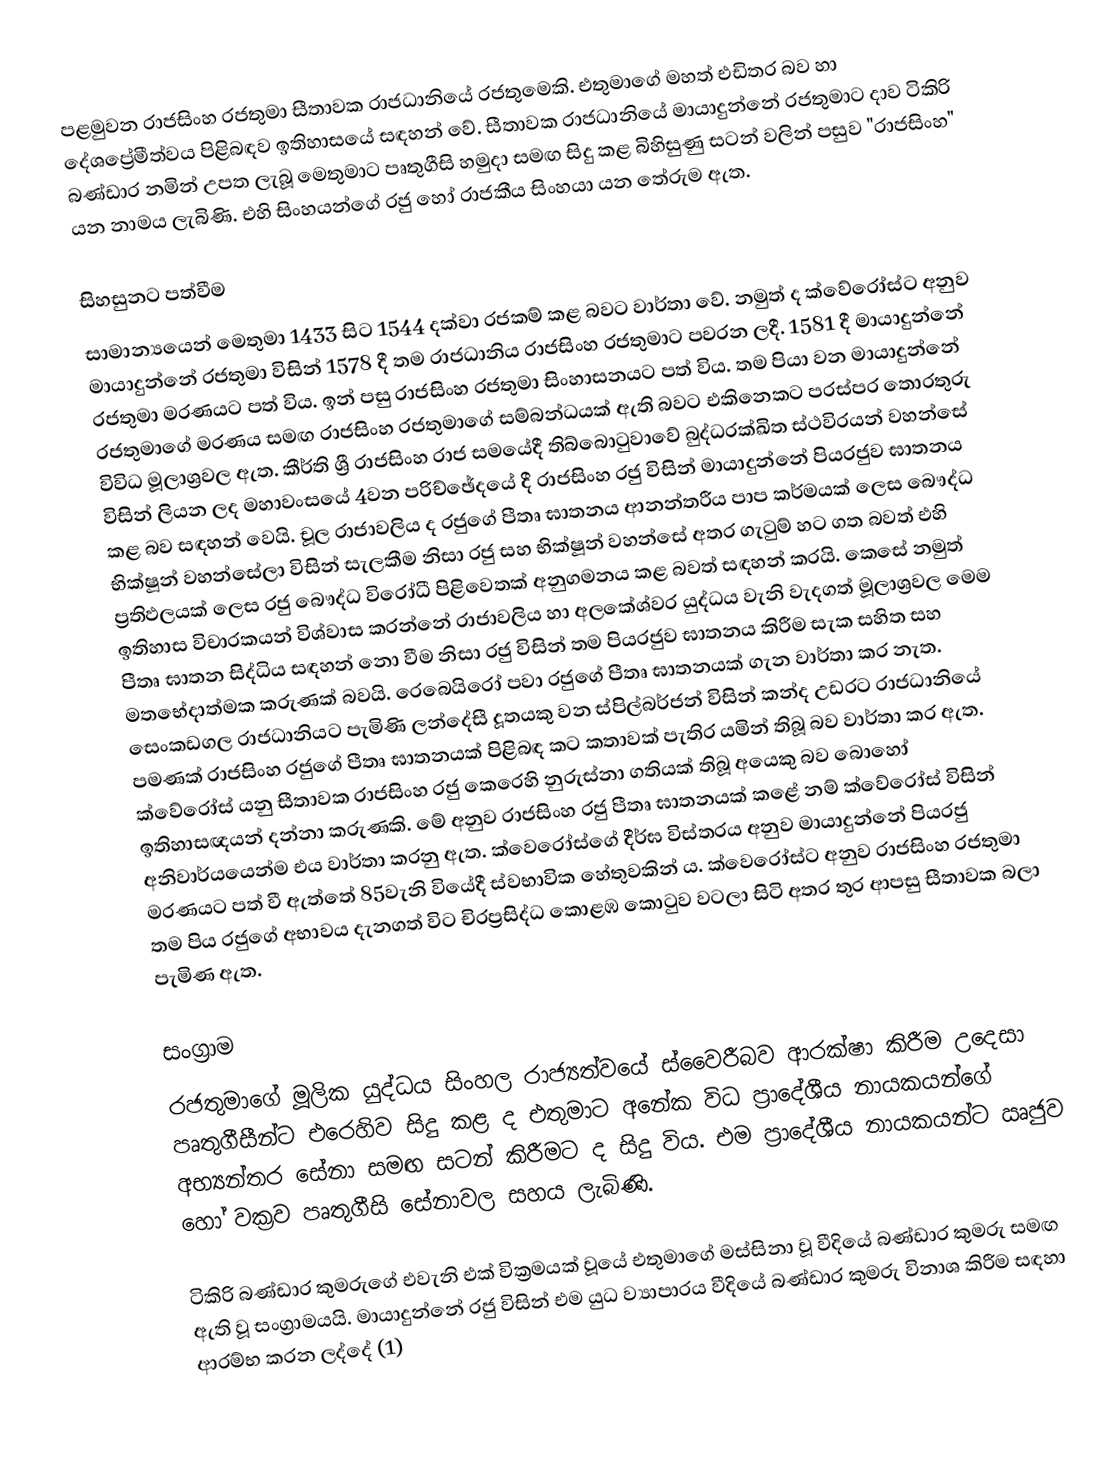
පළමුවන රාජසිංහ රජතුමා  සීතාවක රාජධානියේ රජතුමෙකි. එතුමාගේ මහත් එඩිතර බව හා දේශප්‍රේමීත්වය පිළිබඳව ඉතිහාසයේ සඳහන් වේ. සීතාවක රාජධානියේ මායාදුන්නේ රජතුමාට දාව ටිකිරි බණ්ඩාර නමින් උපත ලැබූ මෙතුමාට පෘතුගීසි හමුදා සමඟ සිදු කළ බිහිසුණු සටන් වලින් පසුව "රාජසිංහ" යන නාමය ලැබිණි. එහි සිංහයන්ගේ රජු හෝ රාජකීය සිංහයා යන තේරුම ඇත.

සිහසුනට පත්වීම
සාමාන්‍යයෙන් මෙතුමා 1433 සිට 1544 දක්වා රජකම් කළ බවට වාර්තා වේ. නමුත් ද ක්වේරෝස්ට අනුව මායාදුන්නේ රජතුමා විසින් 1578 දී තම රාජධානිය රාජසිංහ රජතුමාට පවරන ලදී. 1581 දී මායාදුන්නේ රජතුමා මරණයට පත් විය. ඉන් පසු රාජසිංහ රජතුමා සිංහාසනයට පත් විය. තම පියා වන මායාදුන්නේ රජතුමාගේ මරණය සමඟ රාජසිංහ රජතුමාගේ සම්බන්ධයක් ඇති බවට එකිනෙකට පරස්පර තොරතුරු විවිධ මූලාශ්‍රවල ඇත. කීර්ති ශ්‍රී රාජසිංහ රාජ සමයේදී තිබ්බොටුවාවේ බුද්ධරක්ඛිත ස්ථවිරයන් වහන්සේ විසින් ලියන ලද මහාවංසයේ 4වන පරිච්ඡේදයේ දී රාජසිංහ රජු විසින් මායාදුන්නේ පියරජුව ඝාතනය කළ බව සඳහන් වෙයි. චූල රාජාවලිය ද රජුගේ පීතෘ ඝාතනය ආනන්තරීය පාප කර්මයක් ලෙස බෞද්ධ භික්ෂූන් වහන්සේලා විසින් සැලකීම නිසා රජු සහ භික්ෂූන් වහන්සේ අතර ගැටුම් හට ගත බවත් එහි ප්‍රතිඵලයක් ලෙස රජු බෞද්ධ විරෝධී පිළිවෙතක් අනුගමනය කළ බවත් සඳහන් කරයි. කෙසේ නමුත් ඉතිහාස විචාරකයන් විශ්වාස කරන්නේ රාජාවලිය හා අලකේශ්වර යුද්ධය වැනි වැදගත් මූලාශ්‍රවල මෙම පීතෘ ඝාතන සිද්ධිය සඳහන් නො වීම නිසා රජු විසින් තම පියරජුව ඝාතනය කිරීම සැක සහිත සහ මතභේදාත්මක කරුණක් බවයි. රෙබෙයිරෝ පවා රජුගේ පීතෘ ඝාතනයක් ගැන වාර්තා කර නැත. සෙංකඩගල රාජධානියට පැමිණි ලන්දේසී දූතයකු වන ස්පිල්බර්ජන් විසින් කන්ද උඩරට රාජධානියේ පමණක් රාජසිංහ රජුගේ පීතෘ ඝාතනයක් පිළිබඳ කට කතාවක් පැතිර යමින් තිබූ බව වාර්තා කර ඇත. ක්වේරෝස් යනු සීතාවක රාජසිංහ රජු කෙරෙහි නුරුස්නා ගතියක් තිබූ අයෙකු බව බොහෝ ඉතිහාසඥයන් දන්නා කරුණකි. මේ අනුව රාජසිංහ රජු පීතෘ ඝාතනයක් කළේ නම් ක්වේරෝස් විසින් අනිවාර්යයෙන්ම එය වාර්තා කරනු ඇත. ක්වෙරෝස්ගේ දීර්ඝ විස්තරය අනුව මායාදුන්නේ පියරජු මරණයට පත් වී ඇත්තේ 85වැනි වියේදී ස්වභාවික හේතුවකින් ය. ක්වෙරෝස්ට අනුව රාජසිංහ රජතුමා තම පිය රජුගේ අභාවය දැනගත් විට චිරප්‍රසිද්ධ කොළඹ කොටුව වටලා සිටි අතර තුර ආපසු සීතාවක බලා පැමිණ ඇත.

සංග්‍රාම
රජතුමාගේ මූලික යුද්ධය සිංහල රාජ්‍යත්වයේ ස්වෛරීබව ආරක්ෂා කිරීම උදෙසා පෘතුගීසීන්ට එරෙහිව සිදු කළ ද එතුමාට අනේක විධ ප්‍රාදේශීය නායකයන්ගේ අභ්‍යන්තර සේනා සමඟ සටන් කිරීමට ද සිදු විය. එම ප්‍රාදේශීය නායකයන්ට ඍජුව හෝ වක්‍රව පෘතුගීසි සේනාවල සහය ලැබිණි.

ටිකිරි බණ්ඩාර කුමරුගේ එවැනි එක් වික්‍රමයක් වූයේ එතුමාගේ මස්සිනා වූ වීදියේ බණ්ඩාර කුමරු සමඟ ඇති වූ සංග්‍රාමයයි. මායාදුන්නේ රජු විසින් එම යුධ ව්‍යාපාරය වීදියේ බණ්ඩාර කුමරු විනාශ කිරීම සඳහා ආරම්භ කරන ලද්දේ (1)